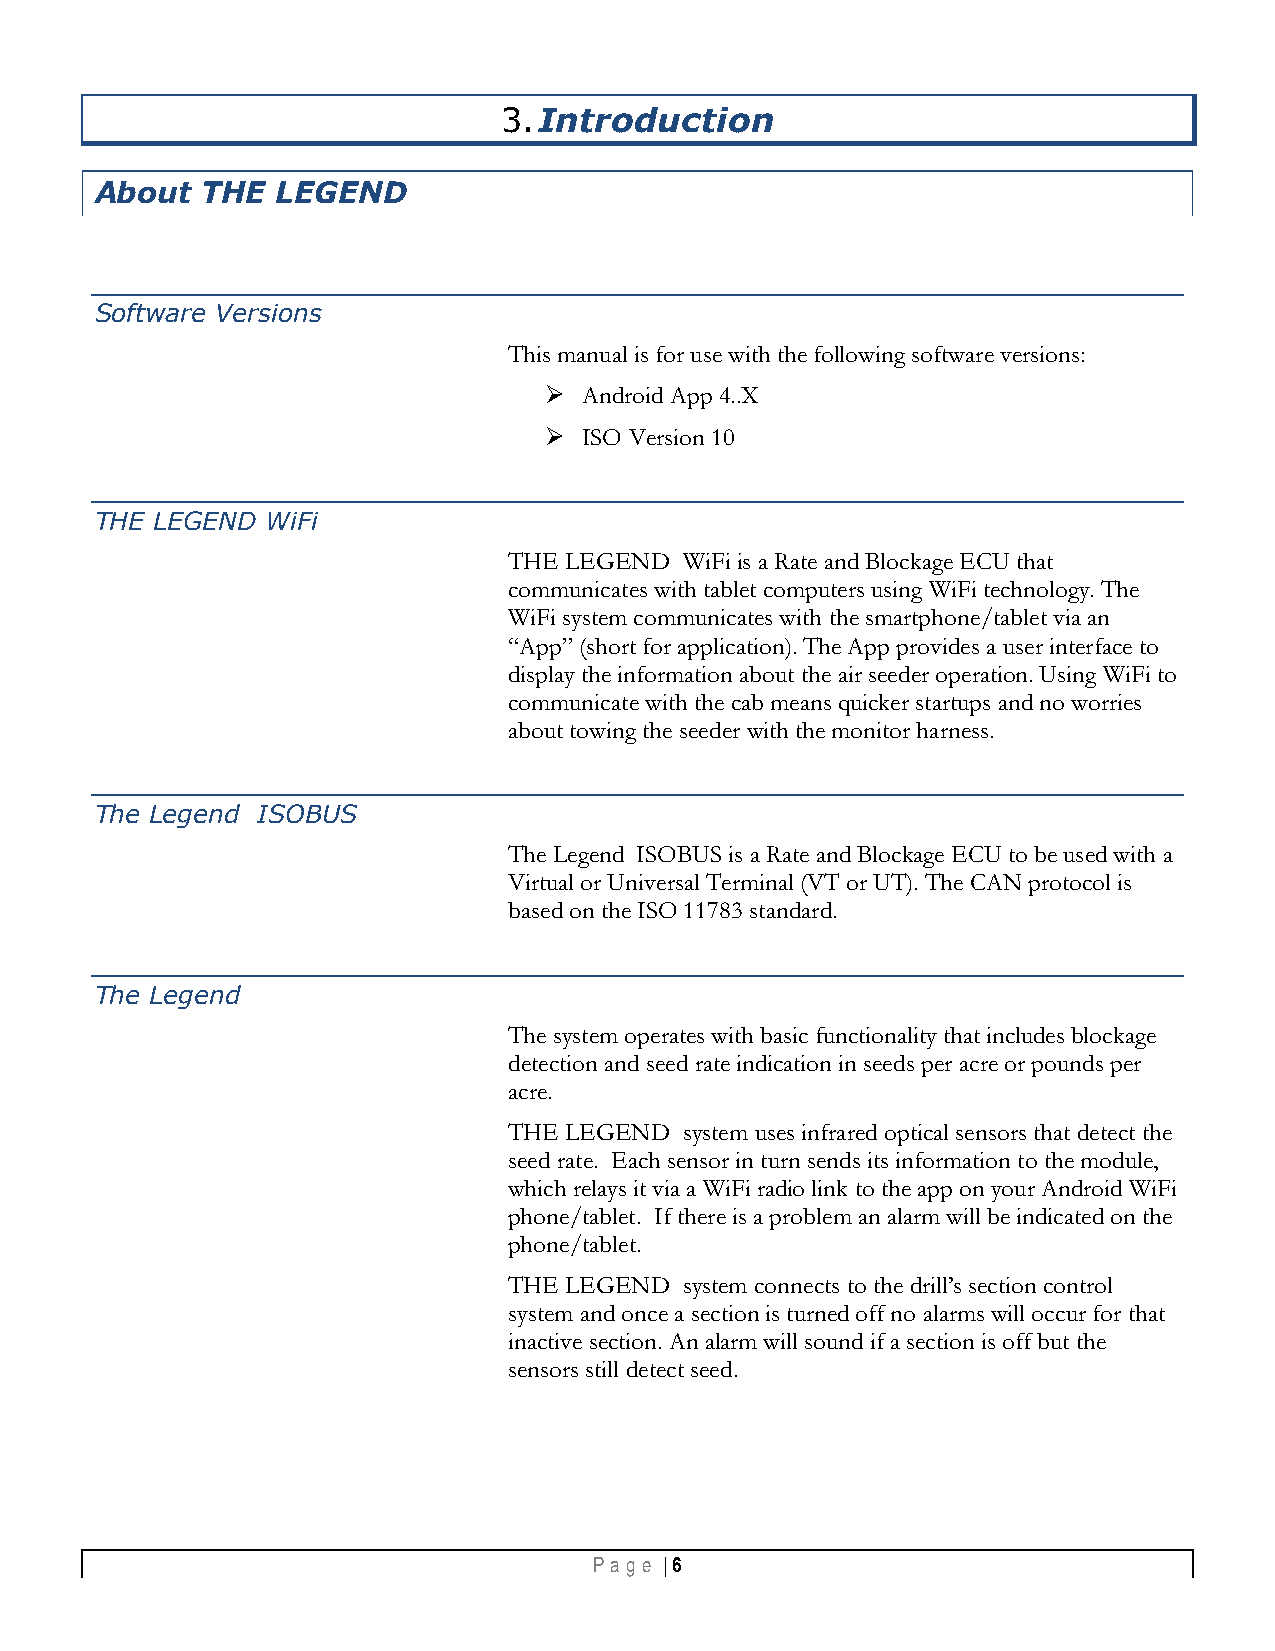
3. Introduction
 About  THE  LEGEND
 Software Versions
 This manual is for use with the following software versions:
   Android App 4..X
   ISO Version 10
 THE LEGEND  WiFi
 THE LEGEND WiFi is a Rate and Blockage ECU that
 communicates with tablet computers using WiFi technology. The
 WiFi system communicates with the smartphone/tablet via an
 “App” (short for application). The App provides a user interface to
 display the information about the air seeder operation. Using WiFi to
 communicate with the cab means quicker startups and no worries
 about towing the seeder with the monitor harness.
 The Legend ISOBUS
 The Legend ISOBUS is a Rate and Blockage ECU to be used with a
 Virtual or Universal Terminal (VT or UT). The CAN protocol is
 based on the ISO 11783 standard.
 The Legend
 The system operates with basic functionality that includes blockage
 detection and seed rate indication in seeds per acre or pounds per
 acre.
 THE LEGEND system uses infrared optical sensors that detect the
 seed rate. Each sensor in turn sends its information to the module,
 which relays it via a WiFi radio link to the app on your Android WiFi
 phone/tablet. If there is a problem an alarm will be indicated on the
 phone/tablet.
 THE LEGEND system connects to the drill’s section control
 system and once a section is turned off no alarms will occur for that
 inactive section. An alarm will sound if a section is off but the
 sensors still detect seed.
 Pa g e | 6